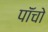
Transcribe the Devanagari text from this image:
पाॅंचो